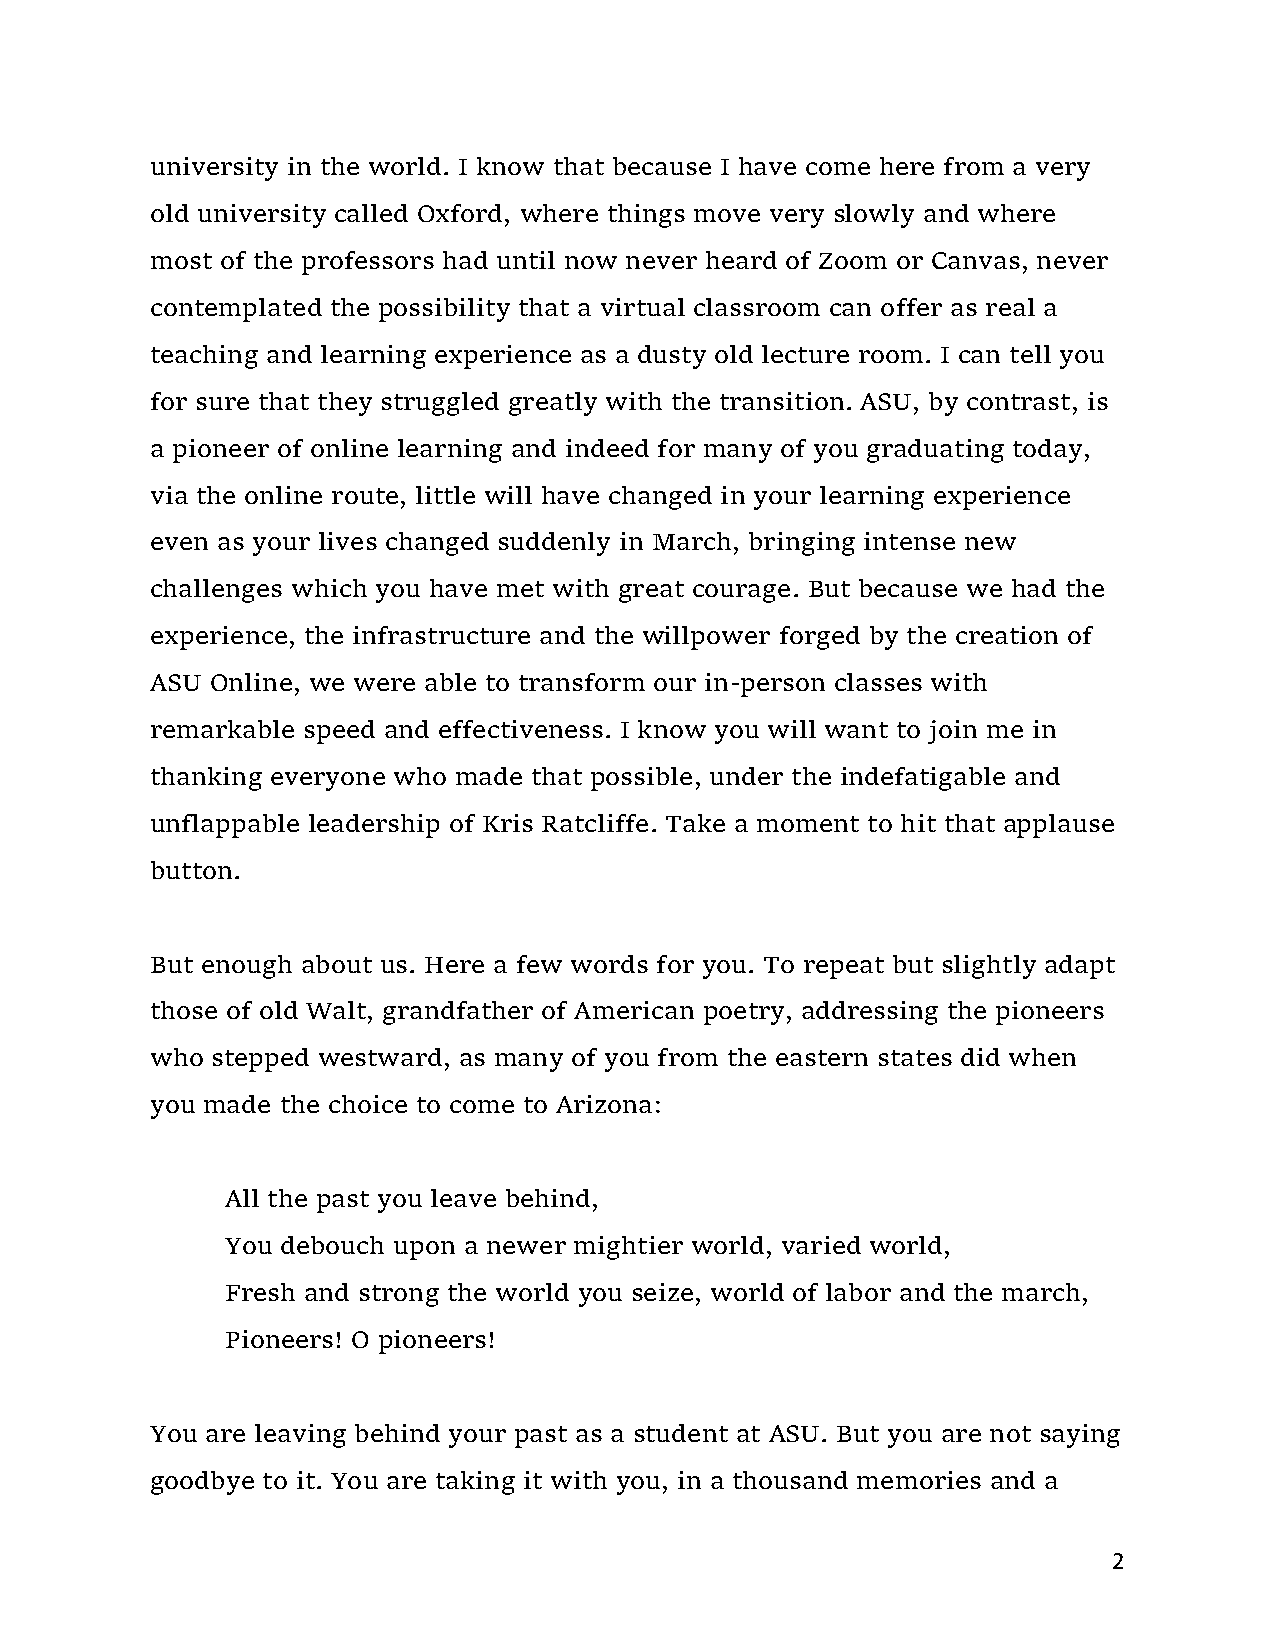
university in the world. I know that because I have come here from a very
 old university called Oxford, where things move very slowly and where
 most of the professors had until now never heard of Zoom or Canvas, never
 contemplated the possibility that a virtual classroom can offer as real a
 teaching and learning experience as a dusty old lecture room. I can tell you
 for sure that they struggled greatly with the transition. ASU, by contrast, is
 a pioneer of online learning and indeed for many of you graduating today,
 via the online route, little will have changed in your learning experience
 even as your lives changed suddenly in March, bringing intense new
 challenges which you have met with great courage. But because we had the
 experience, the infrastructure and the willpower forged by the creation of
 ASU Online, we were able to transform our in‐person classes with
 remarkable speed and effectiveness. I know you will want to join me in
 thanking everyone who made that possible, under the indefatigable and
 unflappable leadership of Kris Ratcliffe. Take a moment to hit that applause
 button.
 But enough about us. Here a few words for you. To repeat but slightly adapt
 those of old Walt, grandfather of American poetry, addressing the pioneers
 who stepped westward, as many of you from the eastern states did when
 you made the choice to come to Arizona:
 All the past you leave behind,
 You debouch upon a newer mightier world, varied world,
 Fresh and strong the world you seize, world of labor and the march,
 Pioneers! O pioneers!
 You are leaving behind your past as a student at ASU. But you are not saying
 goodbye to it. You are taking it with you, in a thousand memories and a
 2